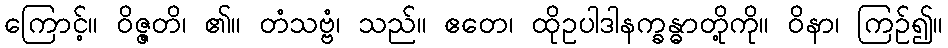
ကြောင့်။ ဝိဇ္ဇတိ၊ ၏။ တံသဗ္ဗံ၊ သည်။ ဧတေ၊ ထိုဥပါဒါနက္ခန္ဓာတို့ကို။ ဝိနာ၊ ကြဉ်၍။